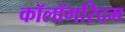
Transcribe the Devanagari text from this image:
कॉलॉगरिदम